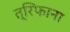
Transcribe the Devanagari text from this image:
त्रिफाना